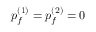
p _ { f } ^ { ( 1 ) } = p _ { f } ^ { ( 2 ) } = 0